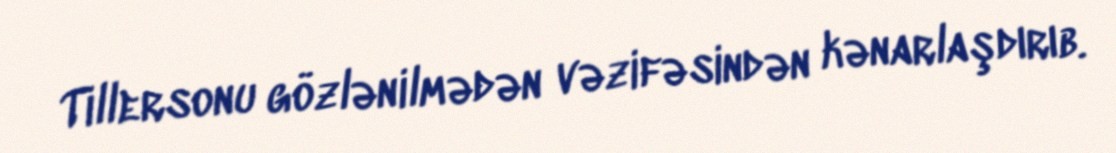
Tillersonu gözlənilmədən vəzifəsindən kənarlaşdırıb.